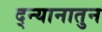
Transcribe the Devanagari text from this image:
द्न्यानातुन